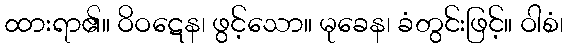
ထားရာ၏။ ဝိဝဋေန၊ ဖွင့်သော။ မုခေန၊ ခံတွင်းဖြင့်။ ဝါစံ၊